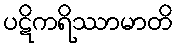
ပဋိကရိဿာမာတိ